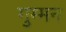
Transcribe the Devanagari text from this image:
गुम्मन